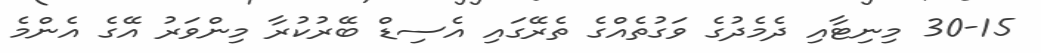
30-15 މިނިޓާއި ދެމެދުގެ ވަގުތެއްގެ ތެރޭގައި އެސިޑް ބޭރުކުރާ މިންވަރު އޭގެ އެންމެ